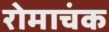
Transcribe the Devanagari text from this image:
रोमाचंक